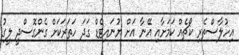
އިހުލާސްތެރި ކޯޗެއް ކަމަށާއި އޭނާ އަށް ޔުނައިޓެޑް ގަދަ ހަތަރަކަށް ގެންގޮސްދީ ލީގު